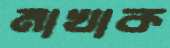
মাখাক